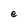
Character: e